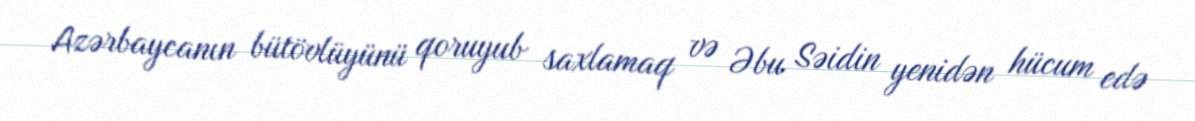
Azərbaycanın bütövlüyünü qoruyub saxlamaq və Əbu Səidin yenidən hücum edə